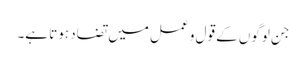
جن لوگوں کے قول و عمل میں تضاد ہوتا ہے۔